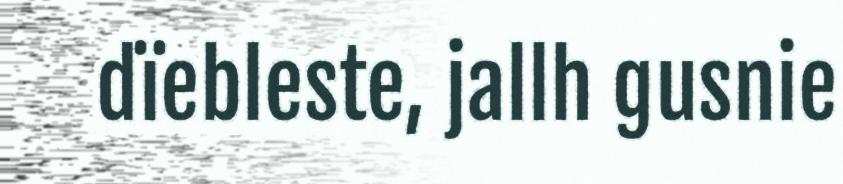
dïebleste, jallh gusnie